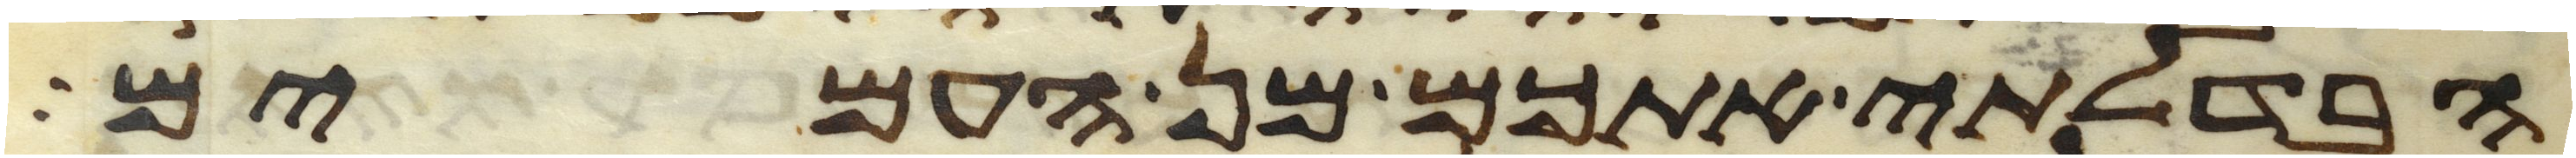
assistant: הבדלתי אתכם מן העמים